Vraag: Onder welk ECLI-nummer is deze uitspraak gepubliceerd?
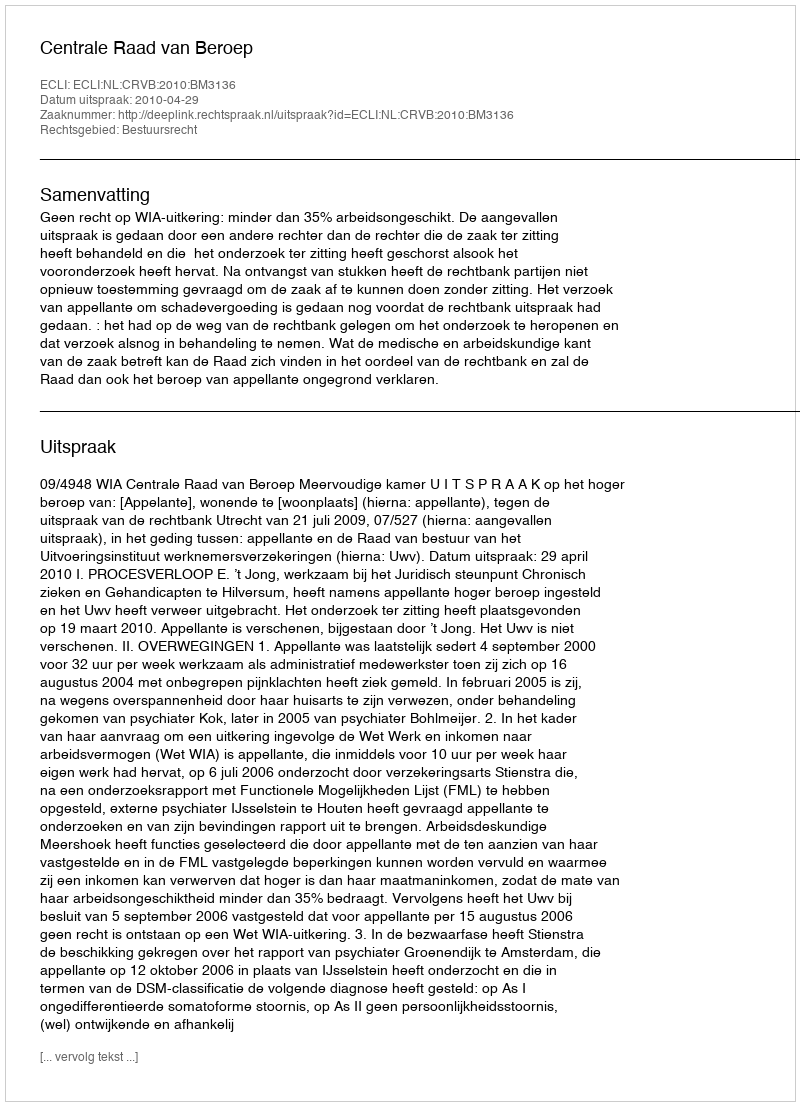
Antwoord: ECLI:NL:CRVB:2010:BM3136